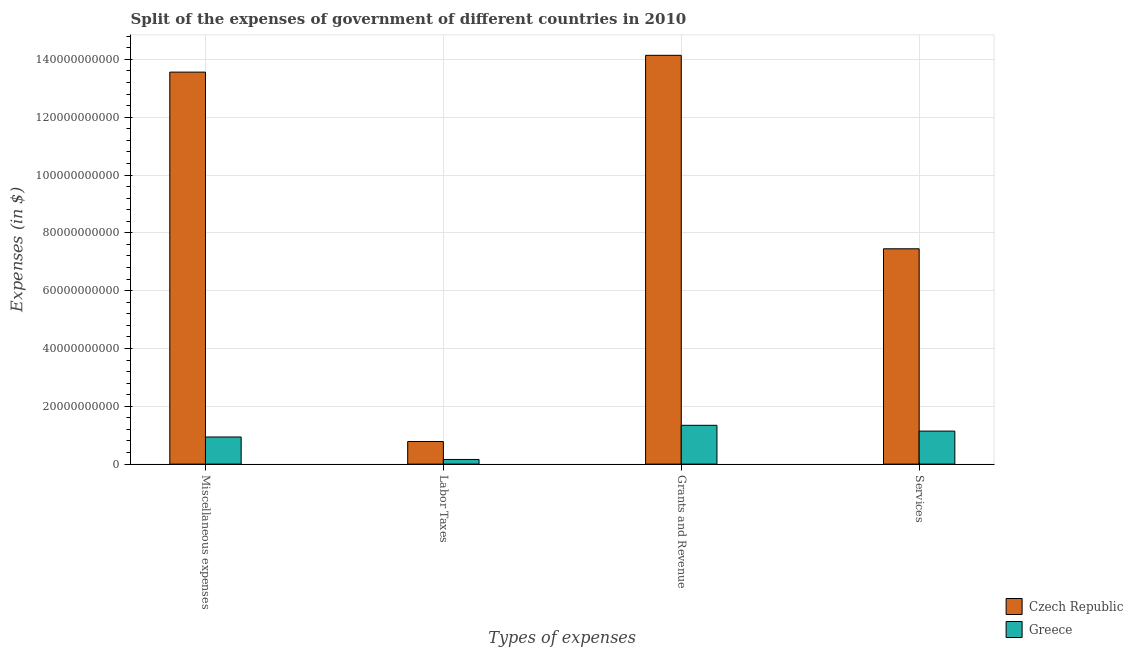
| Types of expenses | Czech Republic | Greece |
 | --- | --- | --- |
 | Miscellaneous expenses | 1.36e+11 | 9.38e+09 |
 | Labor Taxes | 7.82e+09 | 1.61e+09 |
 | Grants and Revenue | 1.41e+11 | 1.34e+10 |
 | Services | 7.45e+10 | 1.14e+10 |